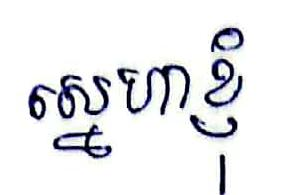
ស្នេហាខ្ញុំ